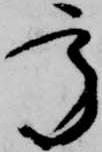
承